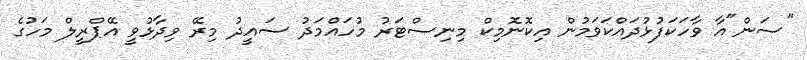
"ސަން"އާ ވާހަކަފުޅުދައްކަވަމުން އިކޮނޮމިކް މިނިސްޓަރު މުހައްމަދު ސައީދު މިރޭ ވިދާޅުވީ އޭޕްރީލް މަހުގެ